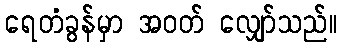
ရေတံခွန်မှာ အဝတ် လျှော်သည်။